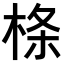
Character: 𣔌